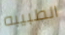
الطبيبه